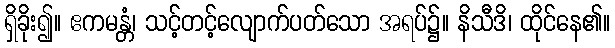
ရှိခိုး၍။ ဧကမန္တံ၊ သင့်တင့်လျောက်ပတ်သော အရပ်၌။ နိသီဒိ၊ ထိုင်နေ၏။